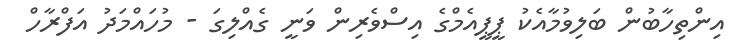
އިންތިހާބުން ބަލިވުމާއެކު ޕީޕީއެމްގެ އިސްވެރިން ވަނީ ގެއްލިގަ - މުހައްމަދު އަފްރާހް